Report of the Municipal Commissioner on the plague in Bombay for the year ending 31st May... - Volume 1
Disease focus: Plague
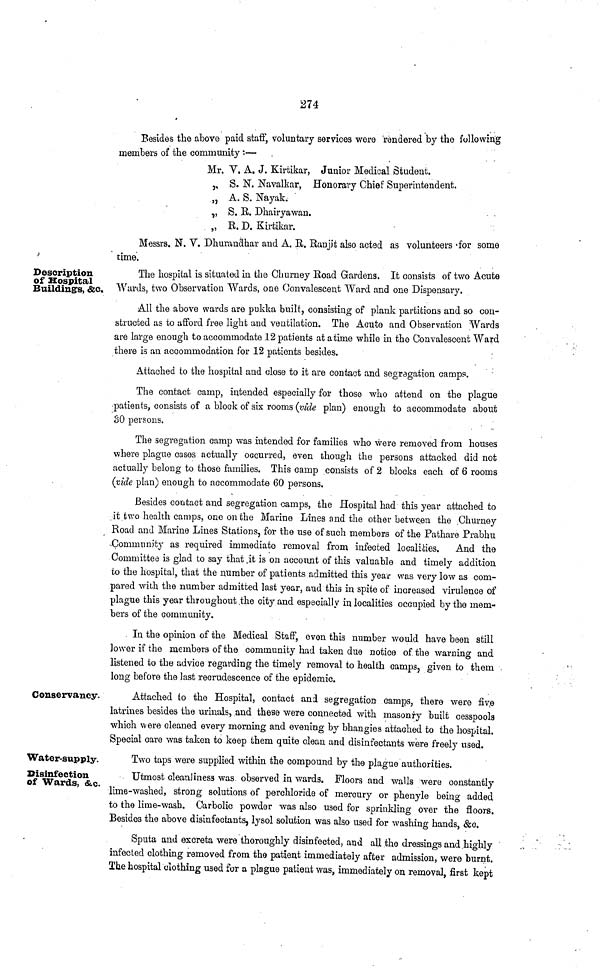
274
Besides the above paid staff, voluntary services were rendered by the following
members of the community —
Mr.
"
"
"
"
V. A. J. Kirtikar,
S. N. Navalkar,
A. S. Nayak.
S. R. Dhairyawan.
R. D. Kirtikar.
Junior Medical Student.
Honorary Chief Superintendent.
Messrs. N. V. Dhurandhar and A. R. Ranjit also acted as volunteers -for some
time.
Description
of Hospital
Building's, &c.
The hospital is situated in the Churney Road Gardens. It consists of two Acute
Wards, two Observation Wards, one Convalescent Ward and one Dispensary.
All the above wards are pukka built, consisting of plank partitions and so con-
structed as to afford free light and ventilation. The Acute and Observation Wards
are large enough to accommodate 12 patients at a time while in the- Convalescent Ward
there is an accommodation for 12 patients besides.
Attached to the hospital and close to it are contact and segregation camps.
The contact camp, intended especially for those who attend on the plague
patients, consists of a block of six rooms (vide plan) enough to accommodate about
SO persons.
The segregation camp was intended for families who were removed from houses
where plague cases actually occurred, even though the persons attacked did not
actually belong to those families. This camp consists of 2 blocks each of 6 rooms
(vide plan) enough to accommodate 60 persons.
Besides contact and segregation camps, the Hospital had this year attached to
it two health camps, one on the Marine Lines and the other between the Churney
Road and Marine Lines Stations, for the use of such members of the Pathare Prabhu
Community as required immediate removal from infected localities. And the
Committee is glad to say that .it is on account of this valuable and timely addition
to the hospital, that the number of patients admitted this year was very low as com-
pared with the number admitted last year, and this in spite of increased virulence of
plague this year throughout the city and especially in localities occupied by the mem-
bers of the community.
In the opinion of the Medical Staff, even this number would have been still
]ower if the members of the community had taken due notice of the warning and
listened to the advice regarding the timely removal to health camps, given to them
long before the last recrudescence of the epidemic.
Conservancy.
Attached to the Hospital, contact and segregation camps, there were five
latrines besides the urinals, and these were connected with masonry built cesspools
which were cleaned every morning and evening by bhangies attached to the hospital.
Special care was taken to keep them quite clean and disinfectants were freely used.
Water-supply.
Disinfection
of Wards, &c.
Two taps were supplied within the compound by the plague authorities.
Utmost cleanliness was. observed in wards. Floors and walls were constantly
lime-washed, strong solutions of perchloride of mercury or phenyle being added
to the lime-wash. Carbolic powder was also used for sprinkling over the floors.
Besides the above disinfectants, lysol solution was also used for washing hands, &c.
Sputa and excreta were thoroughly disinfected, and all the dressings and highly
infected clothing removed from the patient immediately after admission, were burnt.
The hospital clothing used for a plague patient was, immediately on removal, first kept